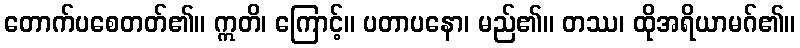
တောက်ပစေတတ်၏။ ဣတိ၊ ကြောင့်။ ပတာပနော၊ မည်၏။ တဿ၊ ထိုအရိယာမဂ်၏။